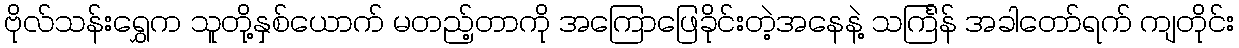
ဗိုလ်သန်းရွှေက သူတို့နှစ်ယောက် မတည့်တာကို အကြောဖြေခိုင်းတဲ့အနေနဲ့ သင်္ကြန် အခါတော်ရက် ကျတိုင်း